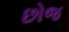
છોજ